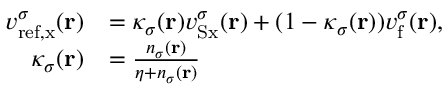
\begin{array} { r l } { v _ { \mathrm { r e f , x } } ^ { \sigma } ( \mathbf { r } ) } & { = \kappa _ { \sigma } ( \mathbf { r } ) v _ { \mathrm { S x } } ^ { \sigma } ( \mathbf { r } ) + ( 1 - \kappa _ { \sigma } ( \mathbf { r } ) ) v _ { \mathrm { f } } ^ { \sigma } ( \mathbf { r } ) , } \\ { \kappa _ { \sigma } ( \mathbf { r } ) } & { = \frac { n _ { \sigma } ( \mathbf { r } ) } { \eta + n _ { \sigma } ( \mathbf { r } ) } } \end{array}